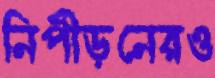
নিপীড়নেরও